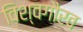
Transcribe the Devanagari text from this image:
विश्वगौरव